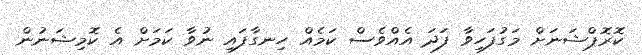
ކޮރޮޕްޝަނަށް މަގުފަހިވާ ފަދަ އެއްވެސް ކަމެއް ހިނގާފައި ނުވާ ކަމަށް އެ ކޮމިޝަނުން